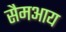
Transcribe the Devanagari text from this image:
सैमआय